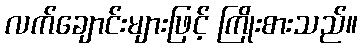
လက်ချောင်းများဖြင့် ကြိုးစားသည်။